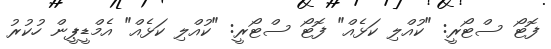
ފޮޓޯ ސްޓޯރީ: "ކުއްލި ކަޅެއް" ފޮޓޯ ސްޓޯރީ: "ކުއްލި ކަޅެއް" އެމްޑީޕީން ހުކުރު